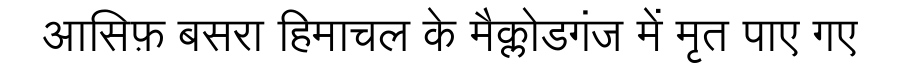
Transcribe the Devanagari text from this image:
आसिफ़ बसरा हिमाचल के मैक्लोडगंज में मृत पाए गए